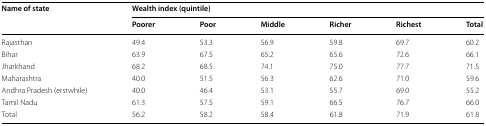
<table><thead><tr><td rowspan="2"><b>Name of state</b></td><td colspan="6"><b>Wealth index (quintile)</b></td></tr><tr><td><b>Poorer</b></td><td><b>Poor</b></td><td><b>Middle</b></td><td><b>Richer</b></td><td><b>Richest</b></td><td><b>Total</b></td></tr></thead><tbody><tr><td>Rajasthan</td><td>49.4</td><td>53.3</td><td>56.9</td><td>59.8</td><td>69.7</td><td>60.2</td></tr><tr><td>Bihar</td><td>63.9</td><td>67.5</td><td>65.2</td><td>65.6</td><td>72.6</td><td>66.1</td></tr><tr><td>Jharkhand</td><td>68.2</td><td>68.5</td><td>74.1</td><td>75.0</td><td>77.7</td><td>71.5</td></tr><tr><td>Maharashtra</td><td>40.0</td><td>51.5</td><td>56.3</td><td>62.6</td><td>71.0</td><td>59.6</td></tr><tr><td>Andhra Pradesh (erstwhile)</td><td>40.0</td><td>46.4</td><td>53.1</td><td>55.7</td><td>69.0</td><td>55.2</td></tr><tr><td>Tamil Nadu</td><td>61.3</td><td>57.5</td><td>59.1</td><td>66.5</td><td>76.7</td><td>66.0</td></tr><tr><td>Total</td><td>56.2</td><td>58.2</td><td>58.4</td><td>61.8</td><td>71.9</td><td>61.8</td></tr></tbody></table>